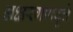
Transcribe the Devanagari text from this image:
अक्षरगणवृत्ते